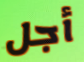
أجل